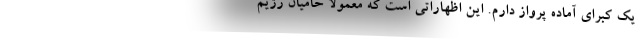
یک کبرای آماده پرواز دارم. این اظهاراتی است که معمولا حامیان رژیم